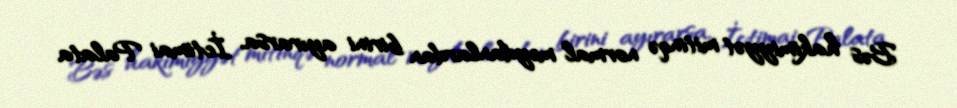
Bəs hakimiyyət mitinqə normal meydanlardan birini ayırarsa, İctimai Palata